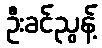
ဦးခင်ညွန့်